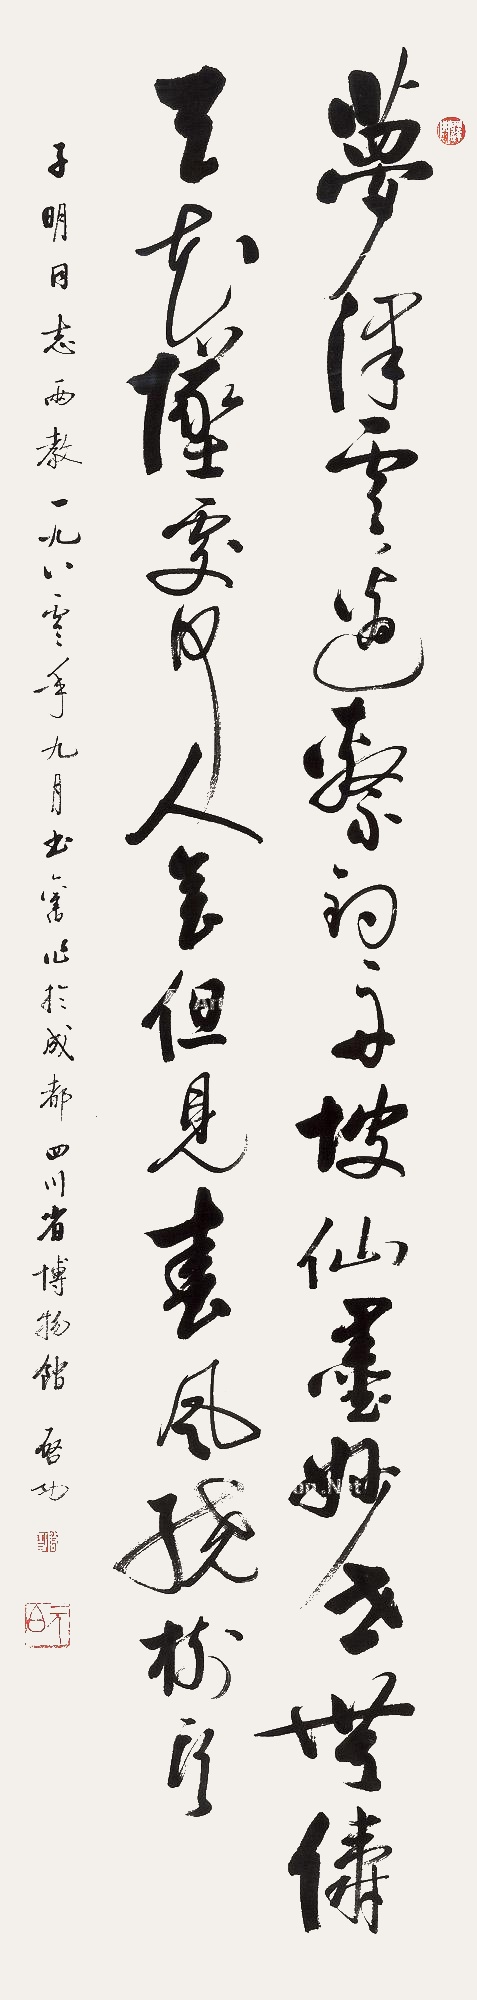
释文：梦泽云边系钓舟，坡仙墨妙世无俦。天花坠处何人会，但见春风绕树头。子明同志两教。一九八零年九月书旧作于成都四川省博物馆。启功。